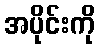
အပိုင်းကို